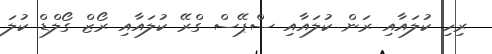
ރިހި ކުލައާއި ރަން ކުލައާއި ސްޕޭސް ގްރޭ ކުލައާއި ރޯޒް ގޯލްޑް ކުލަ